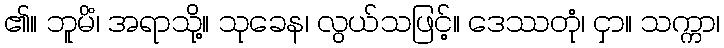
၏။ ဘူမိံ၊ အရာသို့။ သုခေန၊ လွယ်သဖြင့်။ ဒေဿတုံ၊ ငှာ။ သက္ကာ၊